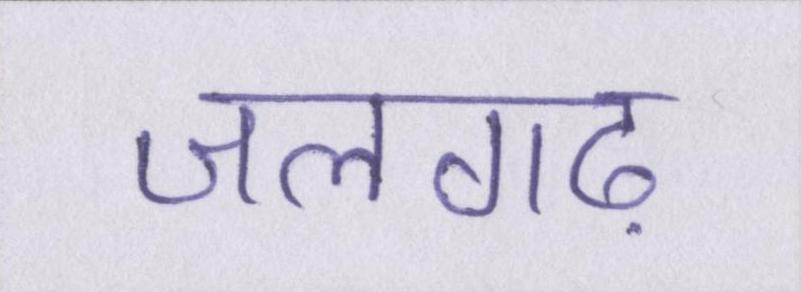
जलगढ़